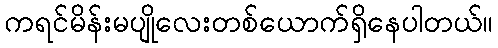
ကရင်မိန်းမပျိုလေးတစ်ယောက်ရှိနေပါတယ်။